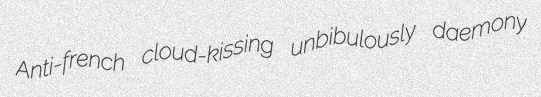
Anti-french cloud-kissing unbibulously daemony